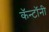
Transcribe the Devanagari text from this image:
कॅन्टॉनी